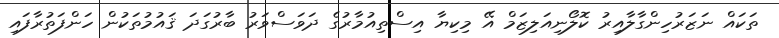
ތަކައް ނަޒަރުހިންގާލާއިރު ކޮލޯނިއަލިޒަމް އޭ މިކިޔާ އިސްތިއުމާރުގެ ދަވަސްވަރު ބާރުގަދަ ޤައުމުތަކުން ހަންފަތުރާފައި